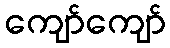
ကျော်ကျော်